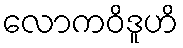
လောကဝိဒူဟိ